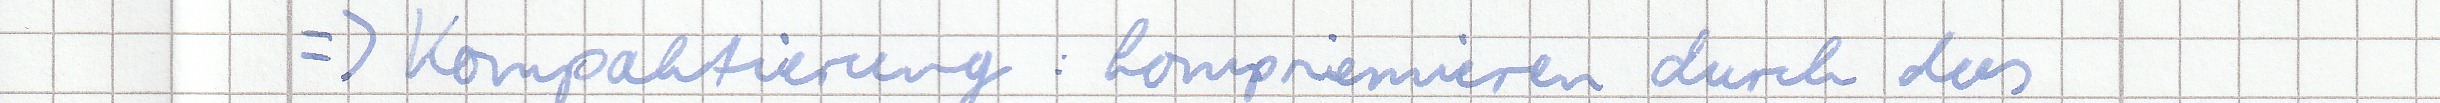
=> Kompaktierung : komprimieren durch das